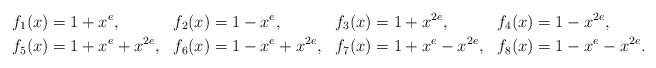
LaTeX: \begin{align*}f_1(x)&=1+x^e, & f_2(x)&=1-x^e, & f_3(x)&=1+x^{2e}, & f_4(x)&=1-x^{2e}, \\ f_5(x)&=1+x^e+x^{2e}, & f_6(x)&=1-x^e+x^{2e},& f_7(x)&=1+x^e-x^{2e}, & f_8(x)&=1-x^e-x^{2e}.\end{align*}